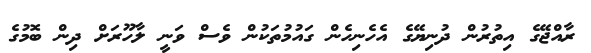
ރާއްޖޭގެ އިތުރުން ދުނިޔޭގެ އެހެނިހެން ގައުމުތަކުން ވެސް ވަނީ ލާހޫރަށް ދިން ބޮމުގެ